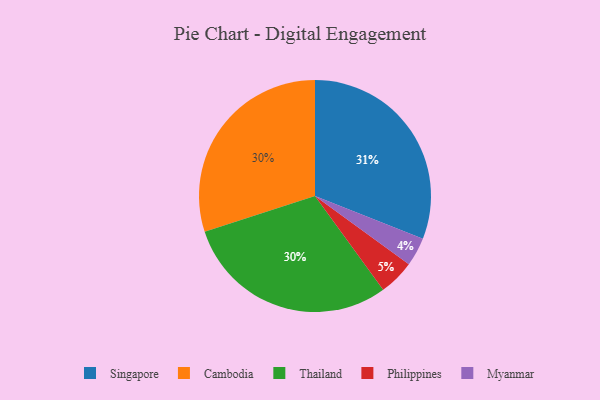
{"axis": {"x": "Category", "y": "Percentage"}, "legend": ["Cambodia", "Myanmar", "Philippines", "Singapore", "Thailand"], "data": [{"x": "Cambodia", "y": 30, "type": "Cambodia"}, {"x": "Thailand", "y": 30, "type": "Thailand"}, {"x": "Philippines", "y": 5, "type": "Philippines"}, {"x": "Singapore", "y": 31, "type": "Singapore"}, {"x": "Myanmar", "y": 4, "type": "Myanmar"}]}